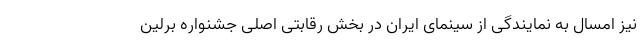
نیز امسال به نمایندگی از سینمای ایران در بخش رقابتی اصلی جشنواره برلین